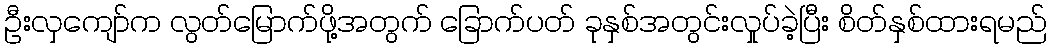
ဦးလှကျော်က လွတ်မြောက်ဖို့အတွက် ခြောက်ပတ် ခုနှစ်အတွင်းလှုပ်ခဲ့ပြီး စိတ်နှစ်ထားရမည်